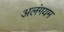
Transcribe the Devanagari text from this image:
अलंगयम